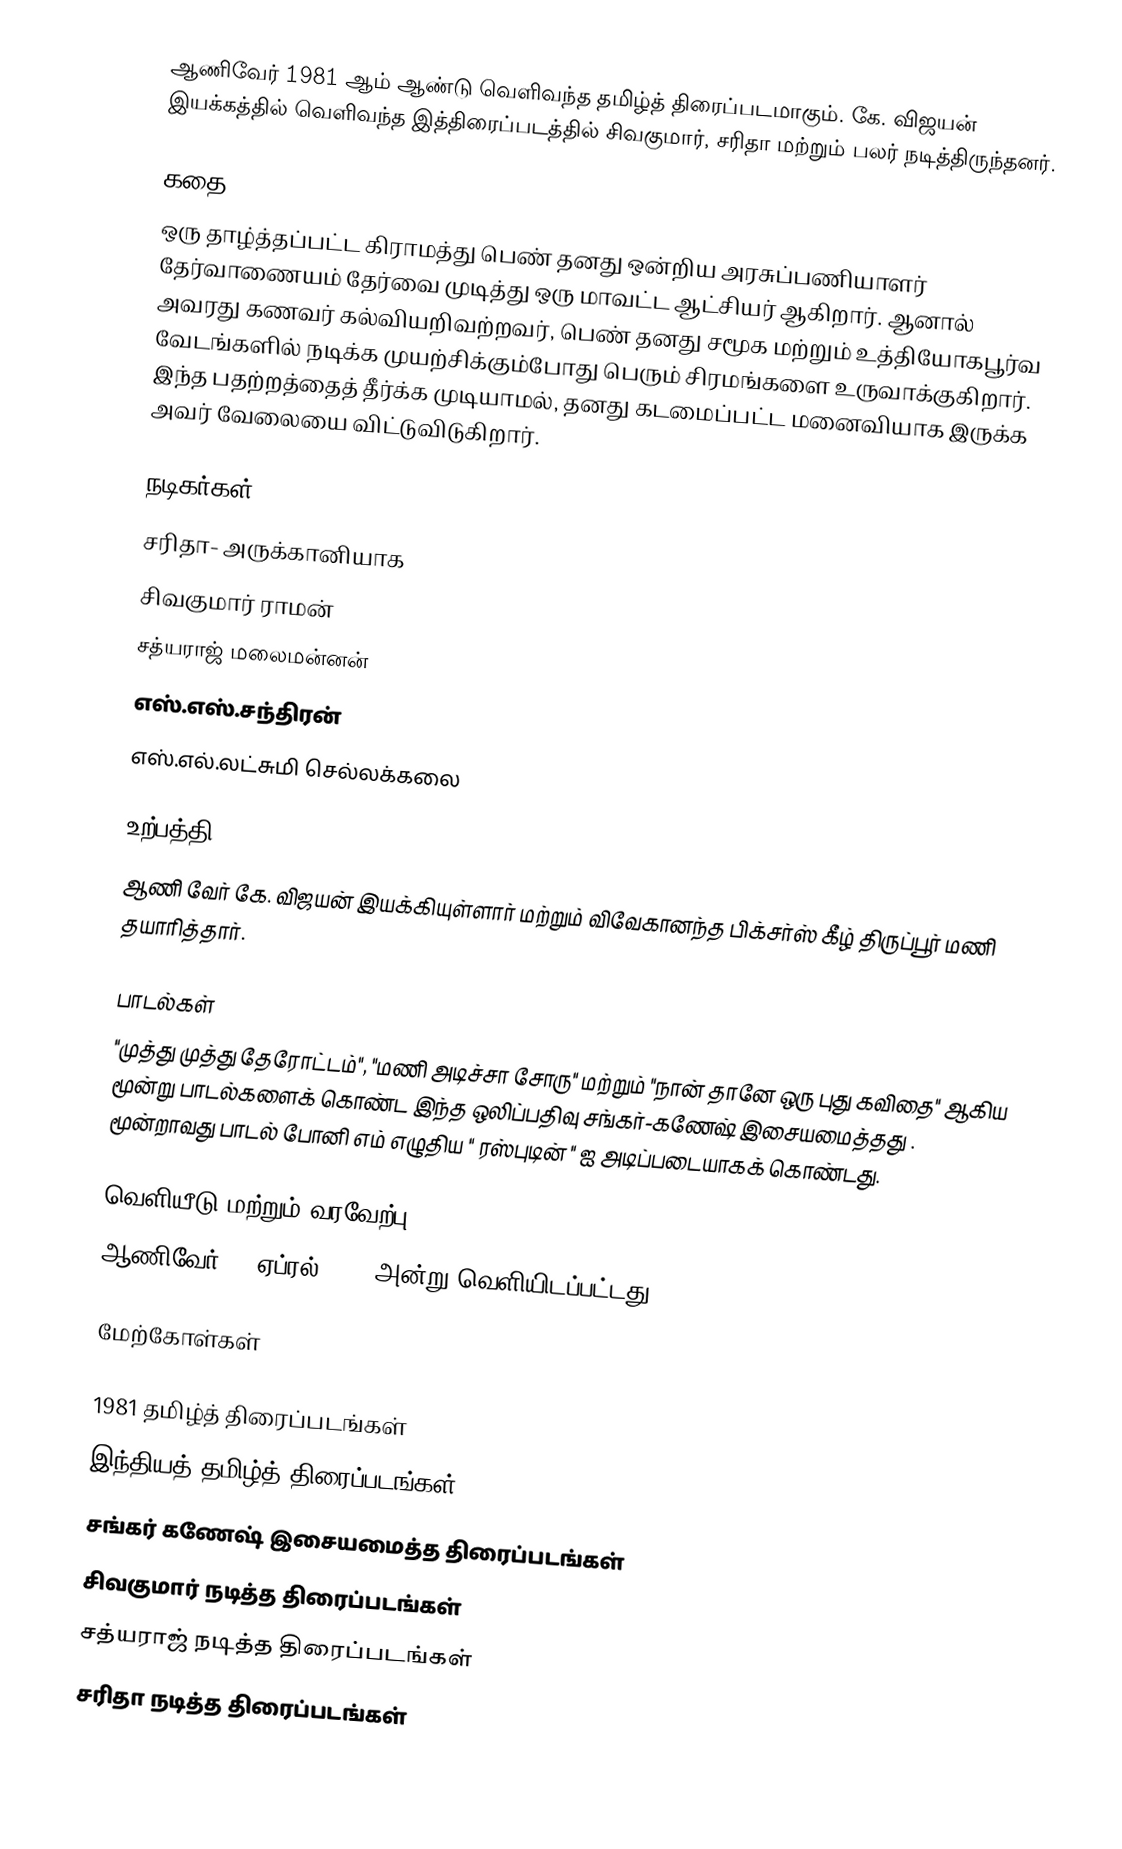
ஆணிவேர் 1981 ஆம் ஆண்டு வெளிவந்த தமிழ்த் திரைப்படமாகும். கே. விஜயன் இயக்கத்தில் வெளிவந்த இத்திரைப்படத்தில் சிவகுமார், சரிதா மற்றும் பலர் நடித்திருந்தனர்.

கதை
ஒரு தாழ்த்தப்பட்ட கிராமத்து பெண் தனது ஒன்றிய அரசுப்பணியாளர் தேர்வாணையம் தேர்வை முடித்து ஒரு மாவட்ட ஆட்சியர் ஆகிறார். ஆனால் அவரது கணவர் கல்வியறிவற்றவர், பெண் தனது சமூக மற்றும் உத்தியோகபூர்வ வேடங்களில் நடிக்க முயற்சிக்கும்போது பெரும் சிரமங்களை உருவாக்குகிறார். இந்த பதற்றத்தைத் தீர்க்க முடியாமல், தனது கடமைப்பட்ட மனைவியாக இருக்க அவர் வேலையை விட்டுவிடுகிறார்.

நடிகர்கள்
 சரிதா- அருக்கானியாக
 சிவகுமார் ராமன்
 சத்யராஜ் மலைமன்னன்
 எஸ்.எஸ்.சந்திரன்
 எஸ்.எல்.லட்சுமி செல்லக்கலை

உற்பத்தி
ஆணி வேர் கே. விஜயன் இயக்கியுள்ளார் மற்றும் விவேகானந்த பிக்சர்ஸ் கீழ் திருப்பூர் மணி தயாரித்தார்.

பாடல்கள்
"முத்து முத்து தேரோட்டம்", "மணி அடிச்சா சோரு" மற்றும் "நான் தானே ஒரு புது கவிதை" ஆகிய மூன்று பாடல்களைக் கொண்ட இந்த ஒலிப்பதிவு சங்கர்-கணேஷ் இசையமைத்தது . மூன்றாவது பாடல் போனி எம் எழுதிய " ரஸ்புடின் " ஐ அடிப்படையாகக் கொண்டது.

வெளியீடு மற்றும் வரவேற்பு
ஆணிவேர் 10 ஏப்ரல் 1981 அன்று வெளியிடப்பட்டது.

மேற்கோள்கள்

1981 தமிழ்த் திரைப்படங்கள்
இந்தியத் தமிழ்த் திரைப்படங்கள்
சங்கர் கணேஷ் இசையமைத்த திரைப்படங்கள்
சிவகுமார் நடித்த திரைப்படங்கள்
சத்யராஜ் நடித்த திரைப்படங்கள்
சரிதா நடித்த திரைப்படங்கள்